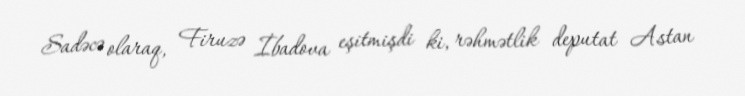
Sadəcə olaraq, Firuzə İbadova eşitmişdi ki, rəhmətlik deputat Astan